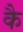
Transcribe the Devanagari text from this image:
कै